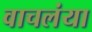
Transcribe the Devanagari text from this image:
वाचलंया